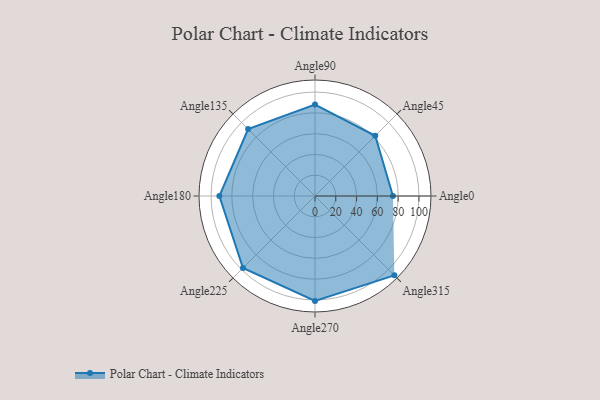
{"axis": {"x": "Angle", "y": "Radius"}, "legend": [""], "data": [{"x": "Angle0", "y": 75.0, "type": ""}, {"x": "Angle45", "y": 82.0, "type": ""}, {"x": "Angle90", "y": 88.0, "type": ""}, {"x": "Angle135", "y": 91.0, "type": ""}, {"x": "Angle180", "y": 92.0, "type": ""}, {"x": "Angle225", "y": 98.0, "type": ""}, {"x": "Angle270", "y": 101.0, "type": ""}, {"x": "Angle315", "y": 108.0, "type": ""}]}